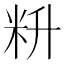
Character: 𰪮